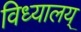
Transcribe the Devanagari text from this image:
विध्यालय्